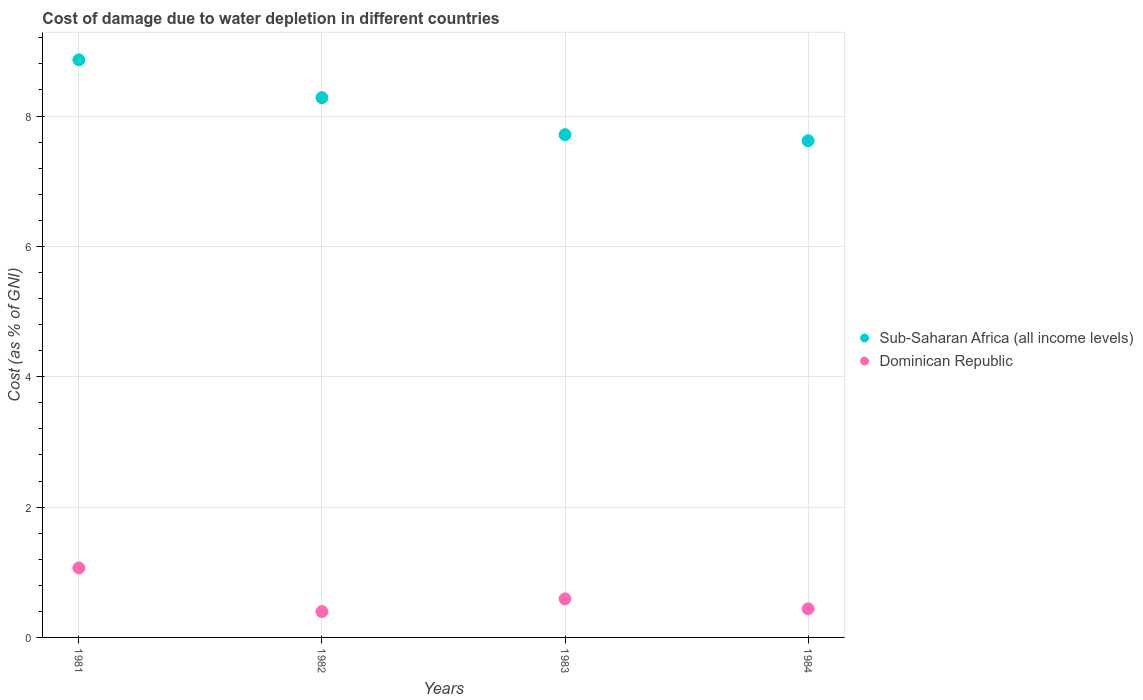
| Years | Sub-Saharan Africa (all income levels) | Dominican Republic |
 | --- | --- | --- |
 | 1981 | 8.86 | 1.07 |
 | 1982 | 8.28 | 0.397 |
 | 1983 | 7.71 | 0.591 |
 | 1984 | 7.62 | 0.439 |